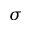
\sigma